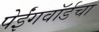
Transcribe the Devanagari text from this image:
पेईंगवॉर्डचा